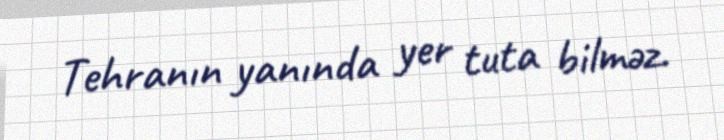
Tehranın yanında yer tuta bilməz.